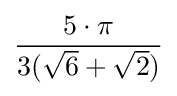
{\frac {5\cdot \pi }{3({\sqrt {6}}+{\sqrt {2}})}}